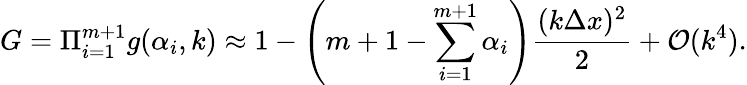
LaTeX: G=\Pi_{i=1}^{m+1}g(\alpha_{i},k)\approx 1-\left(m+1-\sum_{i=1}^{m+1}\alpha_{i}\right)\frac{(k\Delta x)^{2}}{2}+\mathcal{O}(k^{4}).